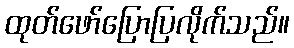
ထုတ်ဖော်ပြောပြလိုက်သည်။